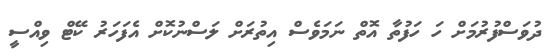
ދުވަސްފުރުމަށް ހަ ހަފުތާ އޮތް ނަމަވެސް އިތުރަށް ލަސްނުކޮށް އެފަހަރު ކޭޓް ވިއްސީ